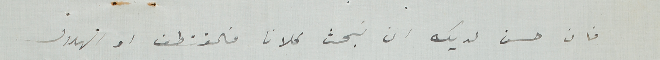
فان حسن لديك ان نبحث كلانا فالمقتطف او الهلال